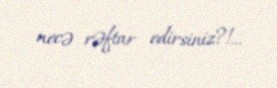
necə rəftar edirsiniz?!...